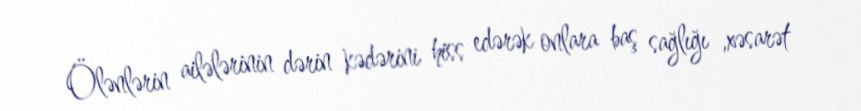
Ölənlərin ailələrinin dərin kədərini hiss edərək onlara baş sağlığı ,xəsarət